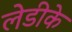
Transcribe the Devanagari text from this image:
लेडीके